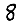
Digit: 8